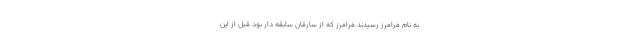
به نام فرامرز رسیدند.فرامرز که از سارقان سابقه دار بود قبل از این